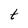
Character: t